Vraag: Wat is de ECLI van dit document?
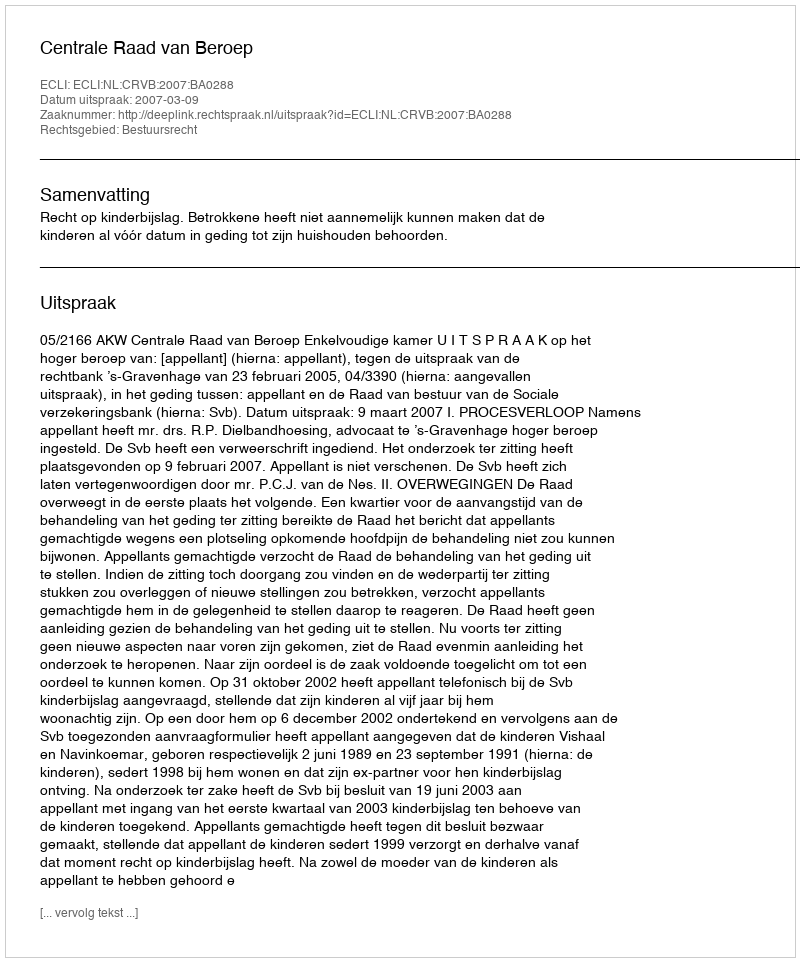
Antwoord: ECLI:NL:CRVB:2007:BA0288